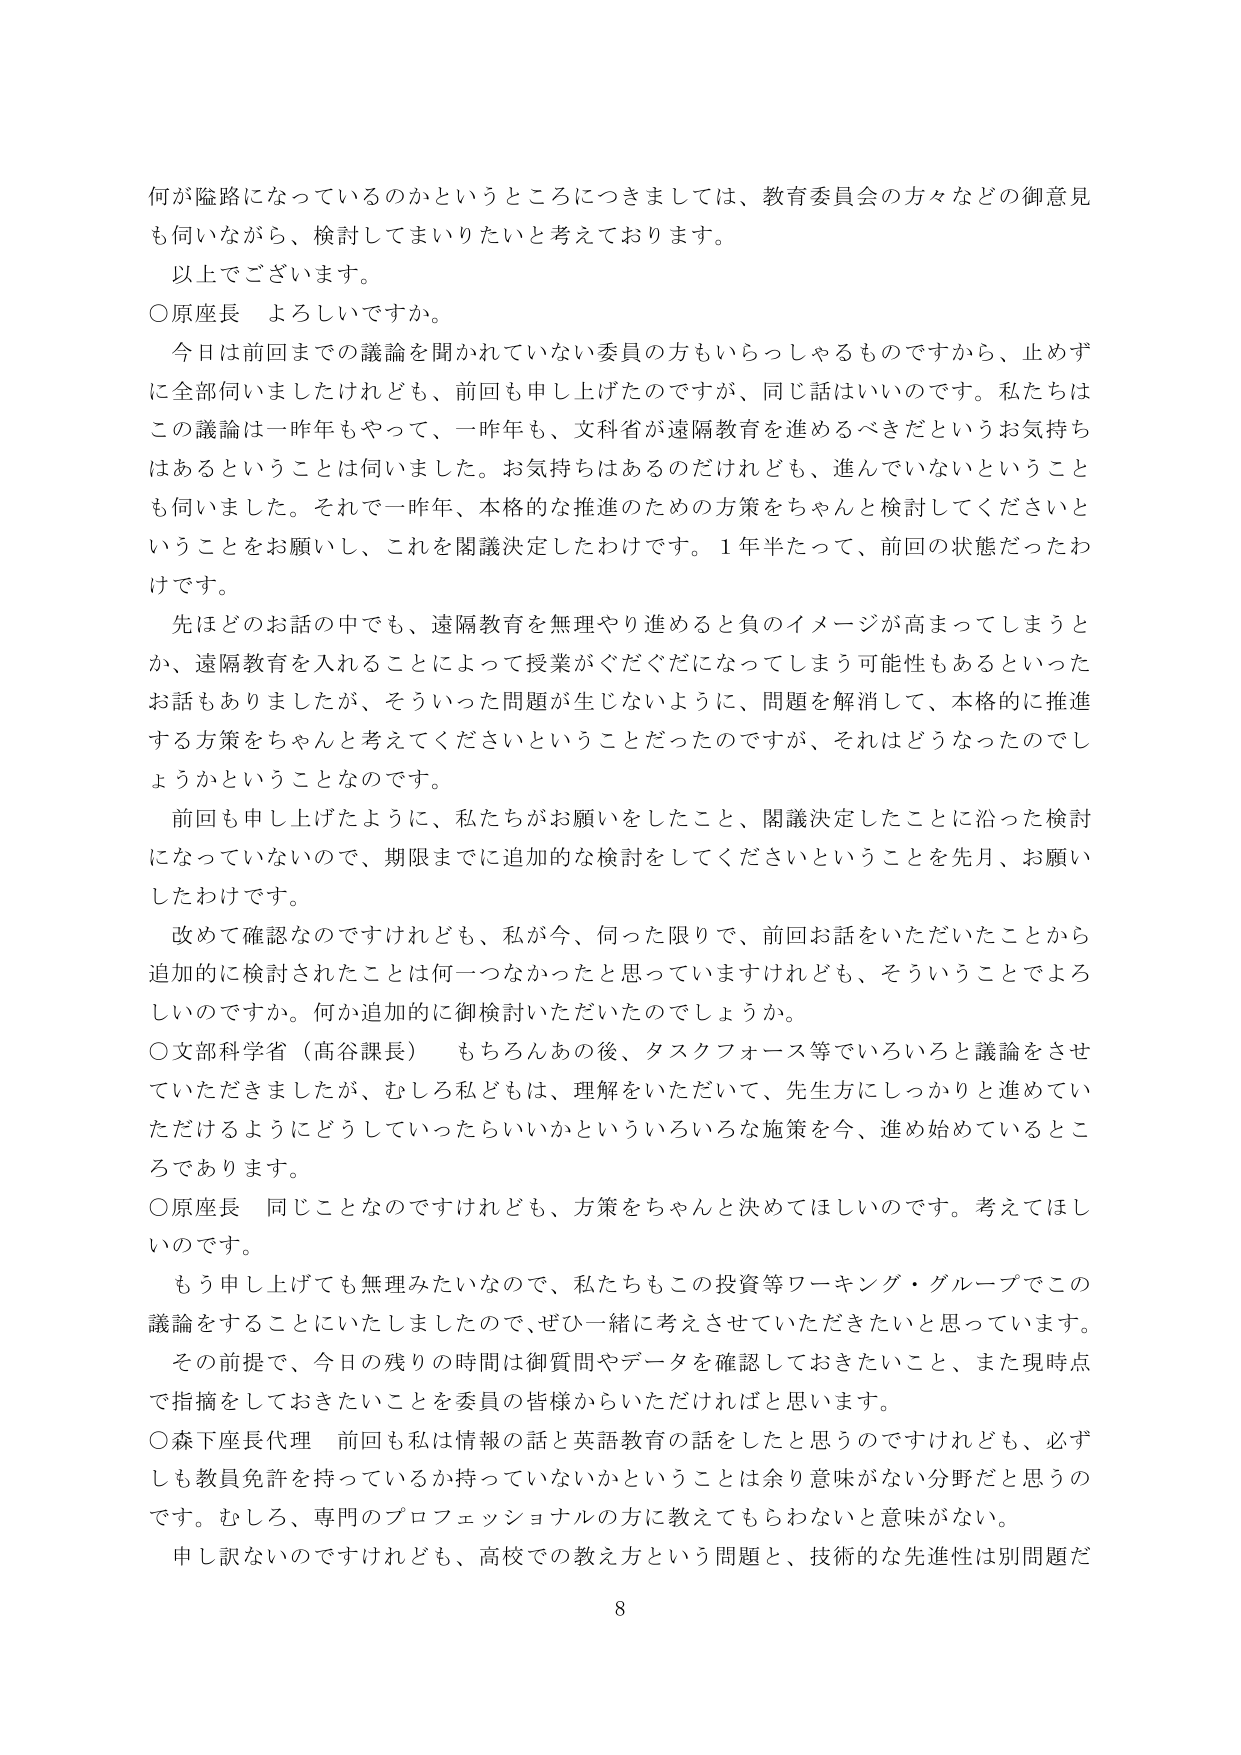
何が隘路になっているのかというところにつきましては、教育委員会の方々などの御意見も伺いながら、検討してまいりたいと考えております。

以上でございます。

○原座長 よろしいですか。

今日は前回までの議論を聞かれていない委員の方もいらっしゃるものですから、止めずに全部伺いましたけれども、前回も申し上げたのですが、同じ話はいいのです。私たちはこの議論は一昨年もやって、一昨年も、文科省が遠隔教育を進めるべきだというお気持ちはあるということは伺いました。お気持ちはあるのだけれども、進んでいないということも伺いました。それで一昨年、本格的な推進のための方策をちゃんと検討してくださいということをお願いし、これを閣議決定したわけです。１年半たって、前回の状態だったわけです。

先ほどのお話の中でも、遠隔教育を無理やり進めると負のイメージが高まってしまうとか、遠隔教育を入れることによって授業がぐだぐだになってしまう可能性もあるといったお話もありましたが、そういった問題が生じないように、問題を解消して、本格的に推進する方策をちゃんと考えてくださいということだったのですが、それはどうなったのでしょうかということなのです。

前回も申し上げたように、私たちがお願いをしたこと、閣議決定したことに沿った検討になっていないので、期限までに追加的な検討をしてくださいということを先月、お願いしたわけです。

改めて確認なのですがけれども、私が今、何った限りで、前回お話をいただいたことから追加的に検討されたことは何一つなかったと思っていますけれども、そういうことでよろしいのですか。何か追加的に御検討いただいたのでしょうか。

○文部科学省（高谷課長） もちろんあの後、タスクフォース等でいろいろと議論をさせていただきましたが、むしろ私どもは、理解をいただいて、先生方にしっかりと進めていただけるようにどうしていったらいいかといういろいろな施策を今、進め始めているところであります。

○原座長 同じことなのですけれども、方策をちゃんと決めてほしいのです。考えてほしいのです。

もう申し上げても無理みたいなので、私たちもこの投資等ワーキング・グループでこの議論をすることにいたしましたので、ぜひ一緒に考えさせていただきたいと思っています。その前提で、今日の残りの時間は御質問やデータを確認しておきたいこと、また現時点で指摘をしておきたいことを委員の皆様からいただければと思います。

○森下座長代理 前回も私は情報の話と英語教育の話をしたと思うのですけれども、必ずしも教員免許を持っているか持っていないかということは余り意味がない分野だと思うのです。むしろ、専門のプロフェッショナルの方に教えてもらわないと意味がない。

申し訳ないのですけれども、高校での教え方という問題と、技術的な先進性は別問題だ

8